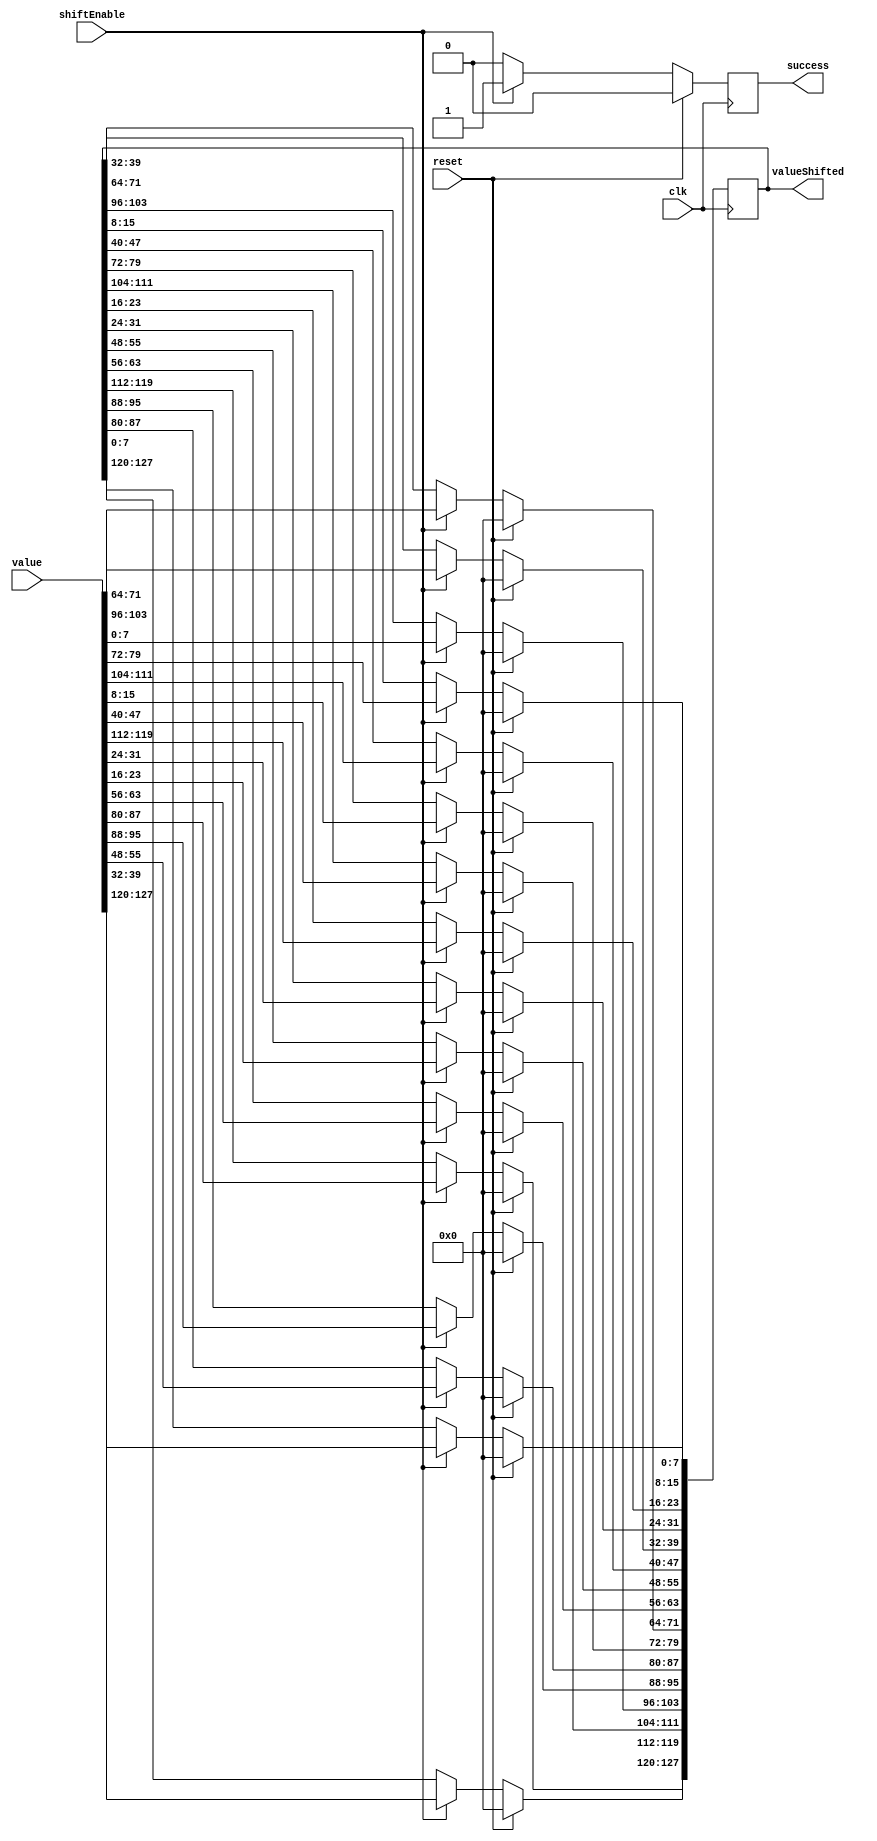
module ShiftRows(
	input shiftEnable,clk,reset,
	input wire[0:127] value,
	output reg[0:127] valueShifted,
	output reg success);
	
always @(negedge clk)begin
	if(reset)begin
		valueShifted<=128'h00000000000000000000000000000000;
		success<=0;
	end
else if (shiftEnable) begin
		//No shifting
		valueShifted[0+:8] <= value[0+:8];
		valueShifted[32+:8] <= value[32+:8];
		valueShifted[64+:8] <= value[64+:8];
		valueShifted[96+:8] <= value[96+:8];

		//1 byte left shift
		valueShifted [8+:8] <= value[40+:8];
		valueShifted [40+:8] <= value[72+:8];
		valueShifted [72+:8] <= value[104+:8];
		valueShifted [104+:8] <= value[8+:8];
		
		//2 byte left shift
		valueShifted [16+:8] <= value[80+:8];
		valueShifted [48+:8] <= value[112+:8];
		valueShifted [80+:8] <= value[16+:8];
		valueShifted [112+:8] <= value[48+:8];


		//3 byte left shift
		valueShifted [24+:8] <= value[120+:8];
		valueShifted [56+:8] <= value[24+:8];
		valueShifted [88+:8] <= value[56+:8];
		valueShifted [120+:8] <= value[88+:8];

		
		success <= 1;
		end
		else success <= 0;
end
endmodule